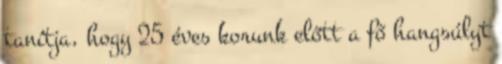
tanítja, hogy 25 éves korunk előtt a fő hangsúlyt